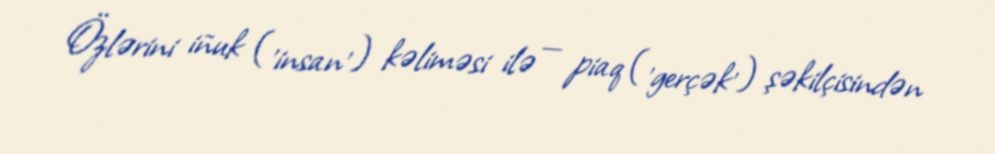
Özlərini iñuk ('insan') kəliməsi ilə — piaq ('gerçək') şəkilçisindən